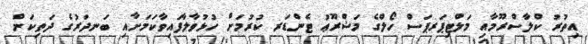
އިތުރު ކްލާސްރޫމާއި މަލްޓިޕަރޕަސް ހޯލްގެ މަޝްރޫޢު ޓެންޑަރ ކުރުމަށް ހުޅުވާލާފައިވާކަމަށާއި ބަނދަރުގެ ދަތިކަން